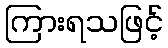
ကြားရသဖြင့်